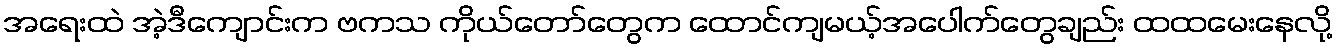
အရေးထဲ အဲ့ဒီကျောင်းက ဗကသ ကိုယ်တော်တွေက ထောင်ကျမယ့်အပေါက်တွေချည်း ထထမေးနေလို့